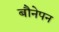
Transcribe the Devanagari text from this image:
बौनेपन